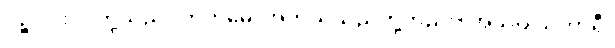
ပဉ္စ၊ ငါးပါးတို့သည်။ ကတမေ၊ အဘယ်သည်တို့တည်း။ အသပ္ပါယကာရီ၊